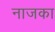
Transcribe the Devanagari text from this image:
नाजका